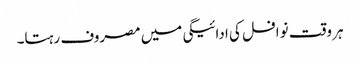
ہر وقت نوافل کی ادائیگی میں مصروف رہتا۔